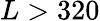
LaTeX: L>320